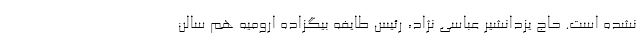
نشده است. حاج یزدانشیر عباسی نژاد، رئیس طایفه بیگزاده ارومیه هم سالن